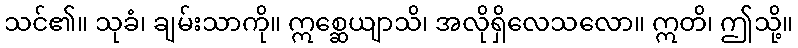
သင်၏။ သုခံ၊ ချမ်းသာကို။ ဣစ္ဆေယျာသိ၊ အလိုရှိလေသလော။ ဣတိ၊ ဤသို့။